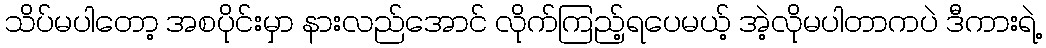
သိပ်မပါတော့ အစပိုင်းမှာ နားလည်အောင် လိုက်ကြည့်ရပေမယ့် အဲ့လိုမပါတာကပဲ ဒီကားရဲ့